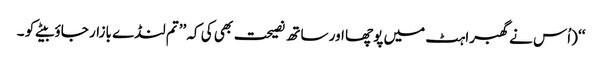
‘‘ (اُس نے گھبراہٹ میں پوچھا اور ساتھ نصیحت بھی کی کہ ’’تم لنڈے بازار جاؤ بیٹے کو ۔